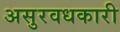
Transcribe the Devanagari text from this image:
असुरवधकारी